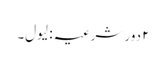
۲ دور شرعیہ : لیول۔